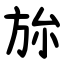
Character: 旀